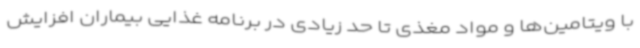
با ویتامین‌ها و مواد مغذی تا حد زیادی در برنامه غذایی بیماران افزایش